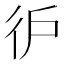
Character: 㣗